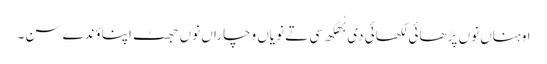
اوہناں نوں پڑ ھائی لکھائی دی بُھکھ سی تے نویاں وچاراں نوں جھٹ اپناؤندے سن۔